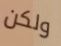
ولكن